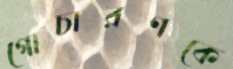
গোচারণকে